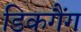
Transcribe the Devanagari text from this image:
डिकगैंग